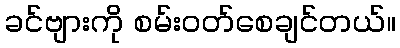
ခင်ဗျားကို စမ်းဝတ်စေချင်တယ်။